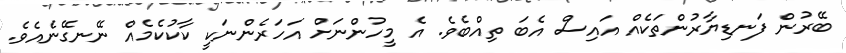
ބޭރުން ފަނޑިޔާރުންތަކެއް އައިސް އެބަ ތިއްބެވެ. އެ މީހުންނަށް އަހަރެންނަކީ ކާކުކެމެއް ނޭނގޭނެއެވެ.